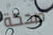
ضحكة